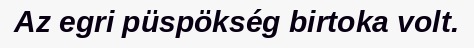
Az egri püspökség birtoka volt.